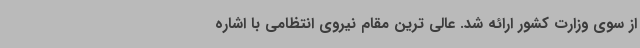
از سوی وزارت کشور ارائه شد. عالی ترین مقام نیروی انتظامی با اشاره